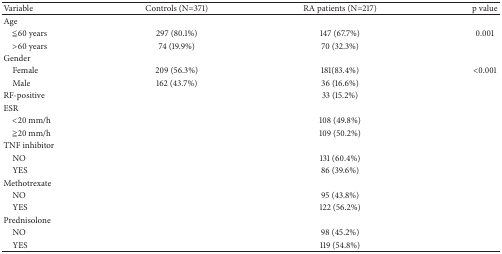
| Variable | Controls (N=371) | RA patients (N=217) | p value |
 | --- | --- | --- | --- |
 | Age |  |  |  |
 | ≦60 years | 297 (80.1%) | 147 (67.7%) | 0.001 |
 | >60 years | 74 (19.9%) | 70 (32.3%) |  |
 | Gender |  |  |  |
 | Female | 209 (56.3%) | 181(83.4%) | <0.001 |
 | Male | 162 (43.7%) | 36 (16.6%) |  |
 | RF-positive |  | 33 (15.2%) |  |
 | ESR |  |  |  |
 | <20 mm/h |  | 108 (49.8%) |  |
 | ≧20 mm/h |  | 109 (50.2%) |  |
 | TNF inhibitor |  |  |  |
 | NO |  | 131 (60.4%) |  |
 | YES |  | 86 (39.6%) |  |
 | Methotrexate |  |  |  |
 | NO |  | 95 (43.8%) |  |
 | YES |  | 122 (56.2%) |  |
 | Prednisolone |  |  |  |
 | NO |  | 98 (45.2%) |  |
 | YES |  | 119 (54.8%) |  |